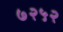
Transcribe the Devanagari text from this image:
७२५२